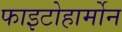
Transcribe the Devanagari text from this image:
फाइटोहार्मोन